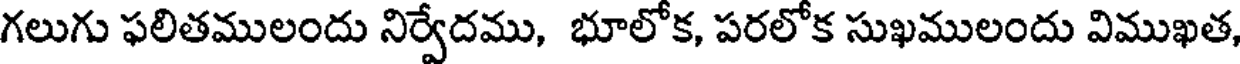
గలుగు ఫలితములందు నిర్వేదము, భూలోక, పరలోక సుఖములందు విముఖత